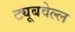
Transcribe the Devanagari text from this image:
ट्यूबवेल्ल